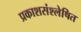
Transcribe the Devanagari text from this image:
प्रकाशसंश्लेषित